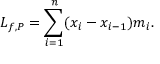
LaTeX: L _ { f , P } = \sum _ { i = 1 } ^ { n } ( x _ { i } - x _ { i - 1 } ) m _ { i } . \,